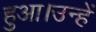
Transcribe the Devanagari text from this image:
हुआ।उन्हें